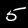
Label: 5